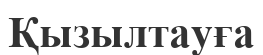
Қызылтауға